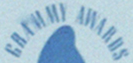
GRAMMY AWARDS